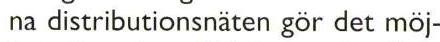
na distributionsnäten gör det möj-